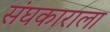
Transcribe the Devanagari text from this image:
संघकाराला